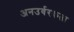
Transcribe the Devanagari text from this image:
अनउर्वरकता